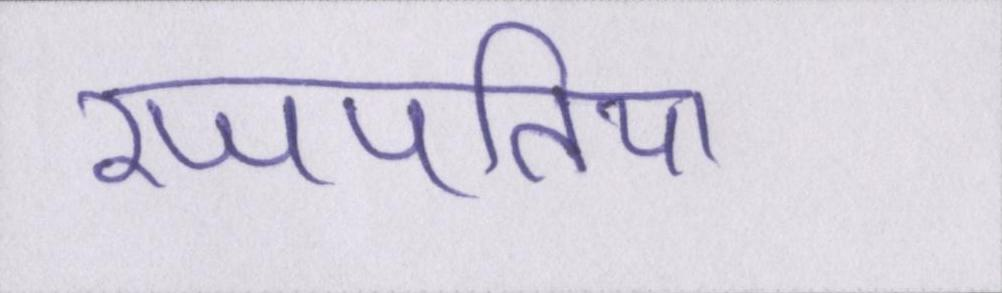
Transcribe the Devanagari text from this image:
रजपतिया